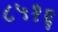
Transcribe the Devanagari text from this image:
८५१६